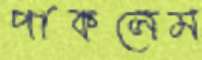
পাকলেম